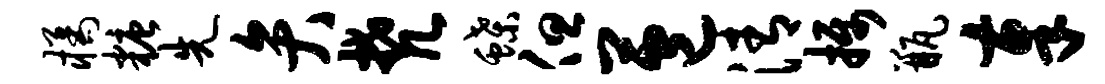
橘糖先弁梵蝶但苞清摄瓶奉